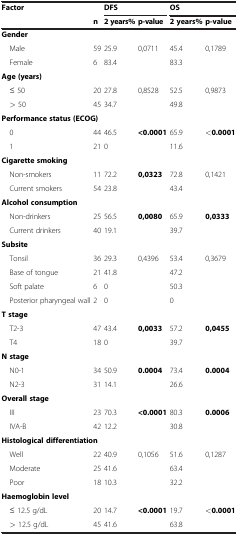
<table><thead><tr><td rowspan="2"><b>Factor</b></td><td><b> </b></td><td colspan="2"><b>DFS</b></td><td colspan="2"><b>OS</b></td></tr><tr><td><b>n</b></td><td><b>2 years%</b></td><td><b>p-value</b></td><td><b>2 years%</b></td><td><b>p-value</b></td></tr></thead><tbody><tr><td colspan="6"><b>Gender</b></td></tr><tr><td>Male</td><td>59</td><td>25.9</td><td>0,0711</td><td>45.4</td><td>0,1789</td></tr><tr><td>Female</td><td>6</td><td>83.4</td><td> </td><td>83.3</td><td> </td></tr><tr><td colspan="6"><b>Age (years)</b></td></tr><tr><td>≤ 50</td><td>20</td><td>27.8</td><td>0,8528</td><td>52.5</td><td>0,9873</td></tr><tr><td>&gt; 50</td><td>45</td><td>34.7</td><td> </td><td>49.8</td><td> </td></tr><tr><td colspan="6"><b>Performance status (ECOG)</b></td></tr><tr><td>0</td><td>44</td><td>46.5</td><td><b>&lt;0.0001</b></td><td>65.9</td><td><b>&lt;0.0001</b></td></tr><tr><td>1</td><td>21</td><td>0</td><td> </td><td>11.6</td><td> </td></tr><tr><td colspan="6"><b>Cigarette smoking</b></td></tr><tr><td>Non-smokers</td><td>11</td><td>72.2</td><td><b>0,0323</b></td><td>72.8</td><td>0,1421</td></tr><tr><td>Current smokers</td><td>54</td><td>23.8</td><td> </td><td>43.4</td><td> </td></tr><tr><td colspan="6"><b>Alcohol consumption</b></td></tr><tr><td>Non-drinkers</td><td>25</td><td>56.5</td><td><b>0,0080</b></td><td>65.9</td><td><b>0,0333</b></td></tr><tr><td>Current drinkers</td><td>40</td><td>19.1</td><td> </td><td>39.7</td><td> </td></tr><tr><td colspan="6"><b>Subsite</b></td></tr><tr><td>Tonsil</td><td>36</td><td>29.3</td><td>0,4396</td><td>53.4</td><td>0,3679</td></tr><tr><td>Base of tongue</td><td>21</td><td>41.8</td><td> </td><td>47.2</td><td> </td></tr><tr><td>Soft palate</td><td>6</td><td>0</td><td> </td><td>50.3</td><td> </td></tr><tr><td>Posterior pharyngeal wall</td><td>2</td><td>0</td><td> </td><td>0</td><td> </td></tr><tr><td colspan="6"><b>T stage</b></td></tr><tr><td>T2-3</td><td>47</td><td>43.4</td><td><b>0,0033</b></td><td>57.2</td><td><b>0,0455</b></td></tr><tr><td>T4</td><td>18</td><td>0</td><td> </td><td>39.7</td><td> </td></tr><tr><td colspan="6"><b>N stage</b></td></tr><tr><td>N0-1</td><td>34</td><td>50.9</td><td><b>0.0004</b></td><td>73.4</td><td><b>0.0004</b></td></tr><tr><td>N2-3</td><td>31</td><td>14.1</td><td> </td><td>26.6</td><td> </td></tr><tr><td colspan="6"><b>Overall stage</b></td></tr><tr><td>III</td><td>23</td><td>70.3</td><td><b>&lt;0.0001</b></td><td>80.3</td><td><b>0.0006</b></td></tr><tr><td>IVA-B</td><td>42</td><td>12.2</td><td> </td><td>30.8</td><td> </td></tr><tr><td colspan="6"><b>Histological differentiation</b></td></tr><tr><td>Well</td><td>22</td><td>40.9</td><td>0,1056</td><td>51.6</td><td>0,1287</td></tr><tr><td>Moderate</td><td>25</td><td>41.6</td><td> </td><td>63.4</td><td> </td></tr><tr><td>Poor</td><td>18</td><td>10.3</td><td> </td><td>32.2</td><td> </td></tr><tr><td colspan="6"><b>Haemoglobin level</b></td></tr><tr><td>≤ 12.5 g/dL</td><td>20</td><td>14.7</td><td><b>&lt;0.0001</b></td><td>19.7</td><td><b>&lt;0.0001</b></td></tr><tr><td>&gt; 12.5 g/dL</td><td>45</td><td>41.6</td><td> </td><td>63.8</td><td> </td></tr></tbody></table>